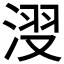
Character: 𣷺